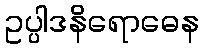
ဥပ္ပါဒနိရောဓေန